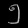
Digit: ၅